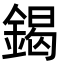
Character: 鍻